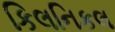
કિલનિકલ